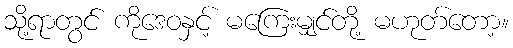
သို့ရာတွင် ကိုဒေဝနှင့် မကြေးမျှင်တို့ မဟုတ်တော့။